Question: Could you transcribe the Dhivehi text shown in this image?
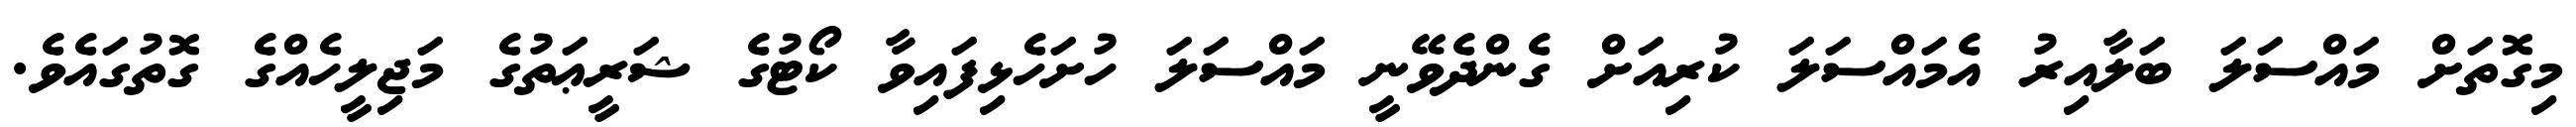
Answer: މިގޮތަށް މައްސަލަ ބަލާއިރު އެމައްސަލަ ކުރިއަށް ގެންދެވޭނީ މައްސަލަ ހުށަހެޅިފައިވާ ކޯޓުގެ ޝަރީޢަތުގެ މަޖިލީހެއްގެ ގޮތުގައެވެ.